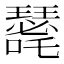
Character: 𭌐